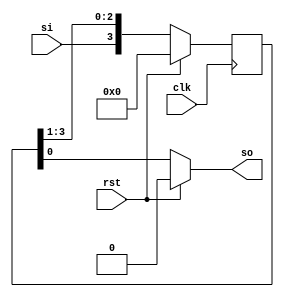
`timescale 1ns / 1ps
//4-bit SISO
module siso(si,so,rst,clk);
input si,clk,rst; output
so; reg [3:0]q;
always@(posedge clk) begin
if(rst)
begin
q<=0; end
else begin
q<={si,q[3:1]};
end end
assign so=(~rst)?q[0]:1'b0;
 endmodule